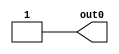
/* Generated by Yosys 0.19 (git sha1 a45c131b37c, clang 13.1.6 -fPIC -Os) */

module lakeroad_xilinx_ultrascale_plus_mux16_3(out0);
  output out0;
  wire out0;
  assign out0 = 1'h1;
endmodule